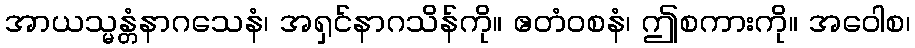
အာယသ္မန္တံနာဂသေနံ၊ အရှင်နာဂသိန်ကို။ ဧတံဝစနံ၊ ဤစကားကို။ အဝေါစ၊